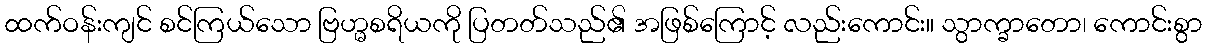
ထက်ဝန်းကျင် စင်ကြယ်သော ဗြဟ္မစရိယကို ပြတတ်သည်၏ အဖြစ်ကြောင့် လည်းကောင်း။ သွာက္ခာတော၊ ကောင်းစွာ